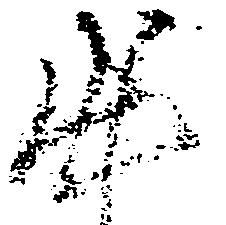
出